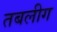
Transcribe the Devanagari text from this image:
तबलीग